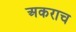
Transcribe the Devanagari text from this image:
अकराच